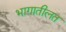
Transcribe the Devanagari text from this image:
भागातीलत